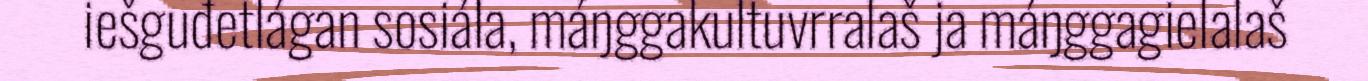
iešguđetlágan sosiála, máŋggakultuvrralaš ja máŋggagielalaš